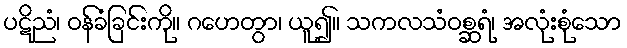
ပဋိညံ၊ ဝန်ခံခြင်းကို။ ဂဟေတွာ၊ ယူ၍။ သကလသံဝစ္ဆရံ၊ အလုံးစုံသော